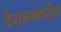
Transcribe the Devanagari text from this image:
देशकालातीत